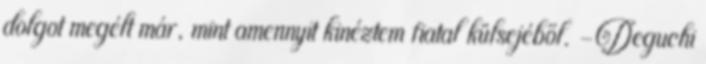
dolgot megélt már, mint amennyit kinéztem fiatal külsejéből. -Deguchi